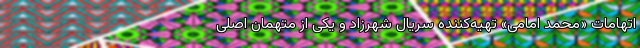
اتهامات «محمد امامی» تهیه‌کننده سریال شهرزاد و یکی از متهمان اصلی